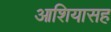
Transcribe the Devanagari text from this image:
आशियासह